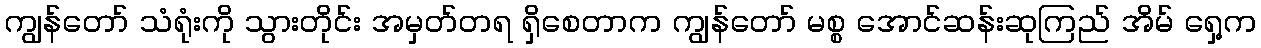
ကျွန်တော် သံရုံးကို သွားတိုင်း အမှတ်တရ ရှိစေတာက ကျွန်တော် မစ္စ အောင်ဆန်းဆုကြည် အိမ် ရှေ့က